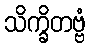
သိက္ခိတဗ္ဗံ